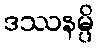
ဒဿနမ္ပိ